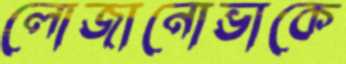
লোজানোভাকে